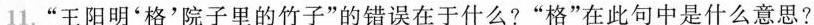
11.”王阳明'格'院子里的竹子”的错误在于什么?”格”在此句中是什么意思?